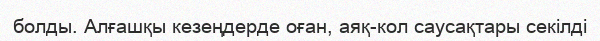
болды. Алғашқы кезеңдерде оған, аяқ-кол саусақтары секілді